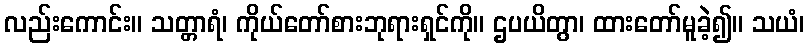
လည်းကောင်း။ သတ္တာရံ၊ ကိုယ်တော်စားဘုရားရှင်ကို။ ဌပယိတွာ၊ ထားတော်မူခဲ့၍။ သယံ၊